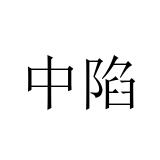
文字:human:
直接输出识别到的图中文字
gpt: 中陷